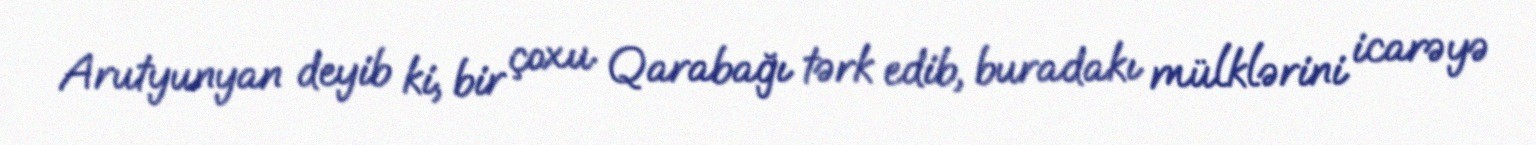
Arutyunyan deyib ki, bir çoxu Qarabağı tərk edib, buradakı mülklərini icarəyə